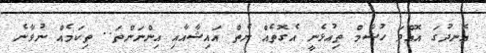
އެނދުގަ އޮއްވަ ހުޝާމް ތިއުޅެނީ އެގޮތެއް ނެތް އައިޝާއާއި އިންނަންތަ.. ތިކަމެއް ނުވާނެ